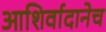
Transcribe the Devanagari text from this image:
आशिर्वादानेच